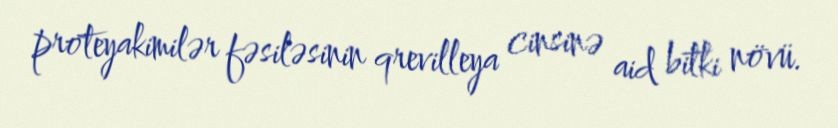
proteyakimilər fəsiləsinin qrevilleya cinsinə aid bitki növü.